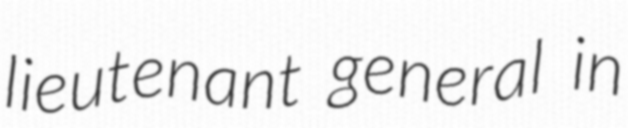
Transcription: lieutenant general in